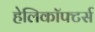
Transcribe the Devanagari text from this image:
हेलिकॉफ्टर्स